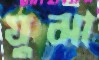
যুঝা